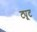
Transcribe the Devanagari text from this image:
ट्यूट